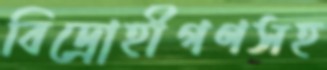
বিদ্রোহীগণসহ